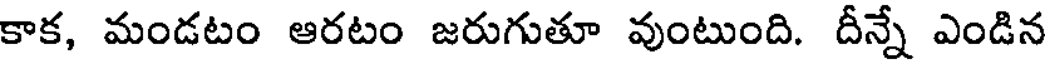
కాక, మండటం ఆరటం జరుగుతూ వుంటుంది. దీన్నే ఎండిన